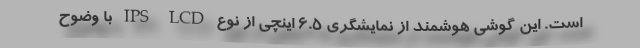
است. این گوشی هوشمند از نمایشگری 6.5 اینچی از نوع IPS LCD با وضوح